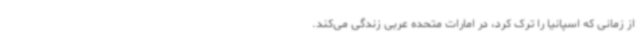
از زمانی که اسپانیا را ترک کرد، در امارات متحده عربی زندگی می‌کند.